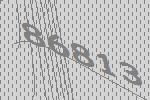
86813